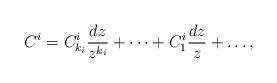
LaTeX: \begin{align*} C^i = C^i_{k_i} \frac{dz}{z^{k_i}} + \dots + C^i_1\frac{dz}{z} + \dots,\end{align*}